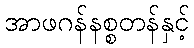
အာဖဂန်နစ္စတန်နှင့်